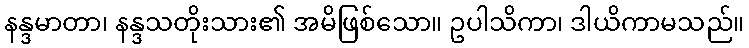
နန္ဒမာတာ၊ နန္ဒသတိုးသား၏ အမိဖြစ်သော။ ဥပါသိကာ၊ ဒါယိကာမသည်။